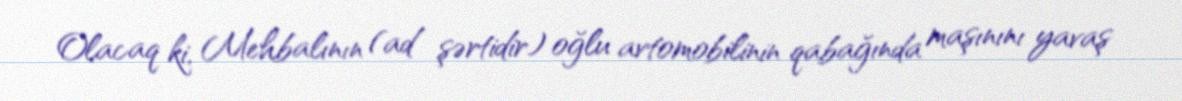
Olacaq ki, Mehbalının (ad şərtidir) oğlu avtomobilinin qabağında maşınını yavaş